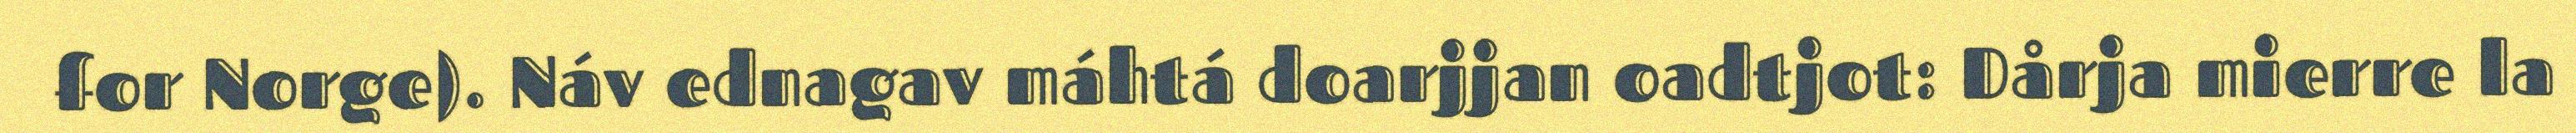
for Norge). Náv ednagav máhtá doarjjan oadtjot: Dårja mierre la